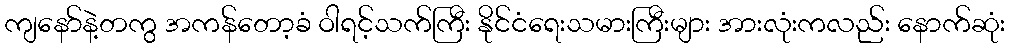
ကျနော်နဲ့တကွ အကန်တော့ခံ ဝါရင့်သက်ကြီး နိုင်ငံရေးသမားကြီးများ အားလုံးကလည်း နောက်ဆုံး